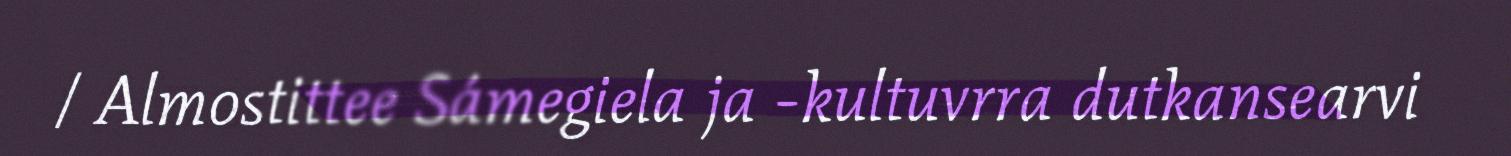
/ Almostittee Sámegiela ja -kultuvrra dutkansearvi